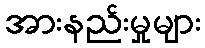
အားနည်းမှုများ